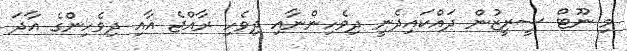
މި ނޫޓް ސީރީޒުން ދައްކައިދެނީ ދިވެހިންނާއި ދިވެހި ރާއްޖެ އާއި ދިވެހިންގެ އާދަ